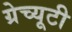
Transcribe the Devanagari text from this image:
ग्रेच्यूटी